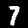
Label: 7